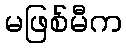
မဖြစ်မီက